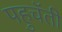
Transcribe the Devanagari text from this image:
पहुचॅती